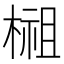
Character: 𣗿